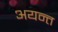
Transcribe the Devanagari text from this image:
अयन्त